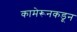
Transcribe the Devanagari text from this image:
कामेरूनकडून